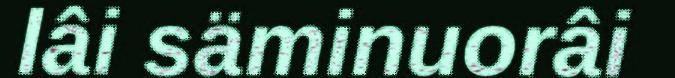
lâi säminuorâi